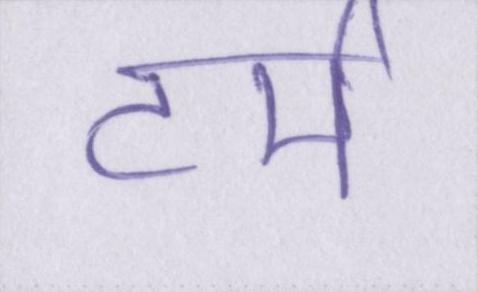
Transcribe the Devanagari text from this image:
टर्म